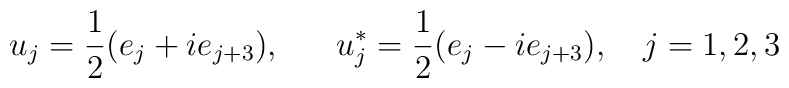
u_{j} = \frac{1}{2} (e_{j} +i e_{j+3}) ,                      ~~~~~u_{j}^{*} = \frac{1}{2} (e_{j} -i e_{j+3}) , ~~~j=1,2,3